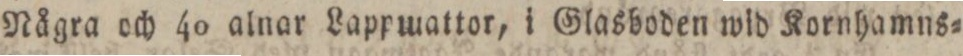
Några och 40 alnar Lappmattor, i Glasboden wid Kornhamns=